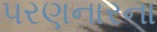
પરણનારના